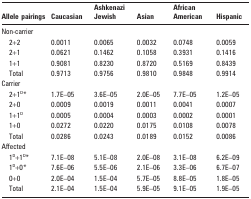
<table><thead><tr><td><b>Allele pairings</b></td><td><b>Caucasian</b></td><td><b>Ashkenazi Jewish</b></td><td><b>Asian</b></td><td><b>African American</b></td><td><b>Hispanic</b></td></tr></thead><tbody><tr><td>Non-carrier</td><td></td><td></td><td></td><td></td><td></td></tr><tr><td>2+2</td><td>0.0011</td><td>0.0065</td><td>0.0032</td><td>0.0748</td><td>0.0059</td></tr><tr><td>2+1</td><td>0.0621</td><td>0.1462</td><td>0.1058</td><td>0.3931</td><td>0.1416</td></tr><tr><td>1+1</td><td>0.9081</td><td>0.8230</td><td>0.8720</td><td>0.5169</td><td>0.8439</td></tr><tr><td>Total</td><td>0.9713</td><td>0.9756</td><td>0.9810</td><td>0.9848</td><td>0.9914</td></tr><tr><td>Carrier</td><td></td><td></td><td></td><td></td><td></td></tr><tr><td>2+1<sup>D</sup>*</td><td>1.7E–05</td><td>3.6E–05</td><td>2.0E–05</td><td>7.7E–05</td><td>1.2E–05</td></tr><tr><td>2+0</td><td>0.0009</td><td>0.0019</td><td>0.0011</td><td>0.0041</td><td>0.0007</td></tr><tr><td>1+1<sup>D</sup></td><td>0.0005</td><td>0.0004</td><td>0.0003</td><td>0.0002</td><td>0.0001</td></tr><tr><td>1+0</td><td>0.0272</td><td>0.0220</td><td>0.0175</td><td>0.0108</td><td>0.0078</td></tr><tr><td>Total</td><td>0.0286</td><td>0.0243</td><td>0.0189</td><td>0.0152</td><td>0.0086</td></tr><tr><td>Affected</td><td></td><td></td><td></td><td></td><td></td></tr><tr><td>1<sup>D</sup>+1<sup>D</sup>*</td><td>7.1E–08</td><td>5.1E–08</td><td>2.0E–08</td><td>3.1E–08</td><td>6.2E–09</td></tr><tr><td>1<sup>D</sup>+0*</td><td>7.6E–06</td><td>5.5E–06</td><td>2.1E–06</td><td>3.3E–06</td><td>6.7E–07</td></tr><tr><td>0+0</td><td>2.0E–04</td><td>1.5E–04</td><td>5.7E–05</td><td>8.8E–05</td><td>1.8E–05</td></tr><tr><td>Total</td><td>2.1E–04</td><td>1.5E–04</td><td>5.9E–05</td><td>9.1E–05</td><td>1.9E–05</td></tr></tbody></table>